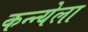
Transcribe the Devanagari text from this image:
कन्न्येला